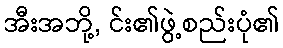
အီးအဘို့, င်း၏ဖွဲ့စည်းပုံ၏